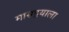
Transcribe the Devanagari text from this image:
मासद्वयाला